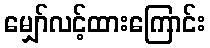
မျှော်လင့်ထားကြောင်း